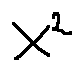
x ^ { 2 }